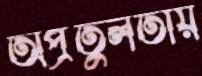
অপ্রতুলতায়